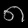
Digit: ၈